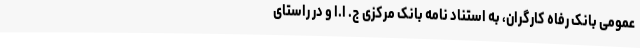
عمومی بانک رفاه کارگران، به استناد نامه بانک مرکزی ج. ا.ا و در راستای